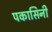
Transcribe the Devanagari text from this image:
पकासिनी